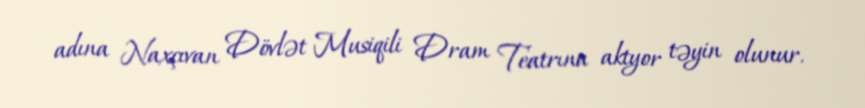
adına Naxçıvan Dövlət Musiqili Dram Teatrına aktyor təyin olunur.